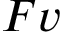
\b { F v }